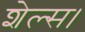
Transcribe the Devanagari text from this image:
शेल्स।